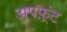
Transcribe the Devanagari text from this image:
अपफ़्रंट